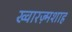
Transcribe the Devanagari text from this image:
ख्वारज़्मशाह